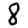
Digit: 8